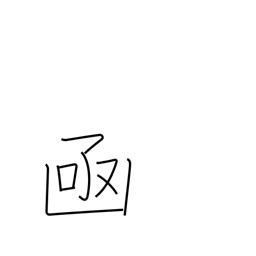
Meaning: box